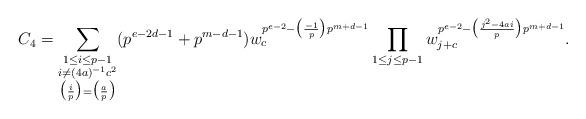
LaTeX: \begin{align*}C_{4}=\sum_{\substack{1\leq i\leq p-1\\i\ne (4a)^{-1}c^{2}\\\bigl(\frac{i}{p}\bigr)=\bigl(\frac{a}{p}\bigr)}}(p^{e-2d-1}+p^{m-d-1})w_{c}^{p^{e-2}-\bigl(\frac{-1}{p}\bigr)p^{m+d-1}}\prod_{\substack{1\leq j\leq p-1}}w_{j+c}^{p^{e-2}-\bigl(\frac{j^{2}-4ai}{p}\bigr)p^{m+d-1}}.\end{align*}